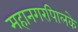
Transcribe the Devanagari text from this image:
महानगरपािलके